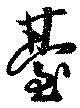
臺